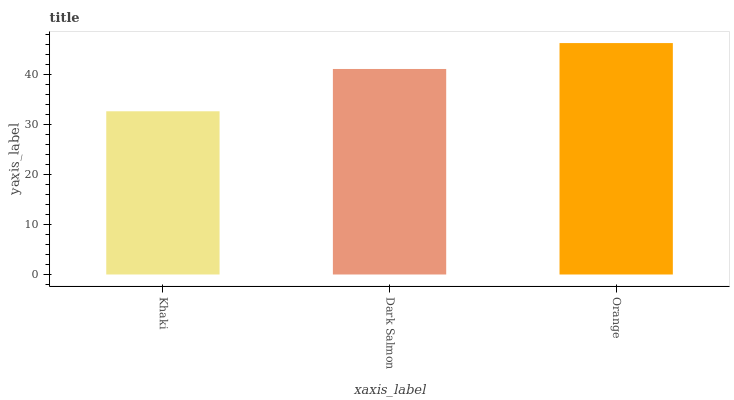
| xaxis_label | bars |
 | --- | --- |
 | Khaki | 32.6 |
 | Dark Salmon | 41.1 |
 | Orange | 46.2 |